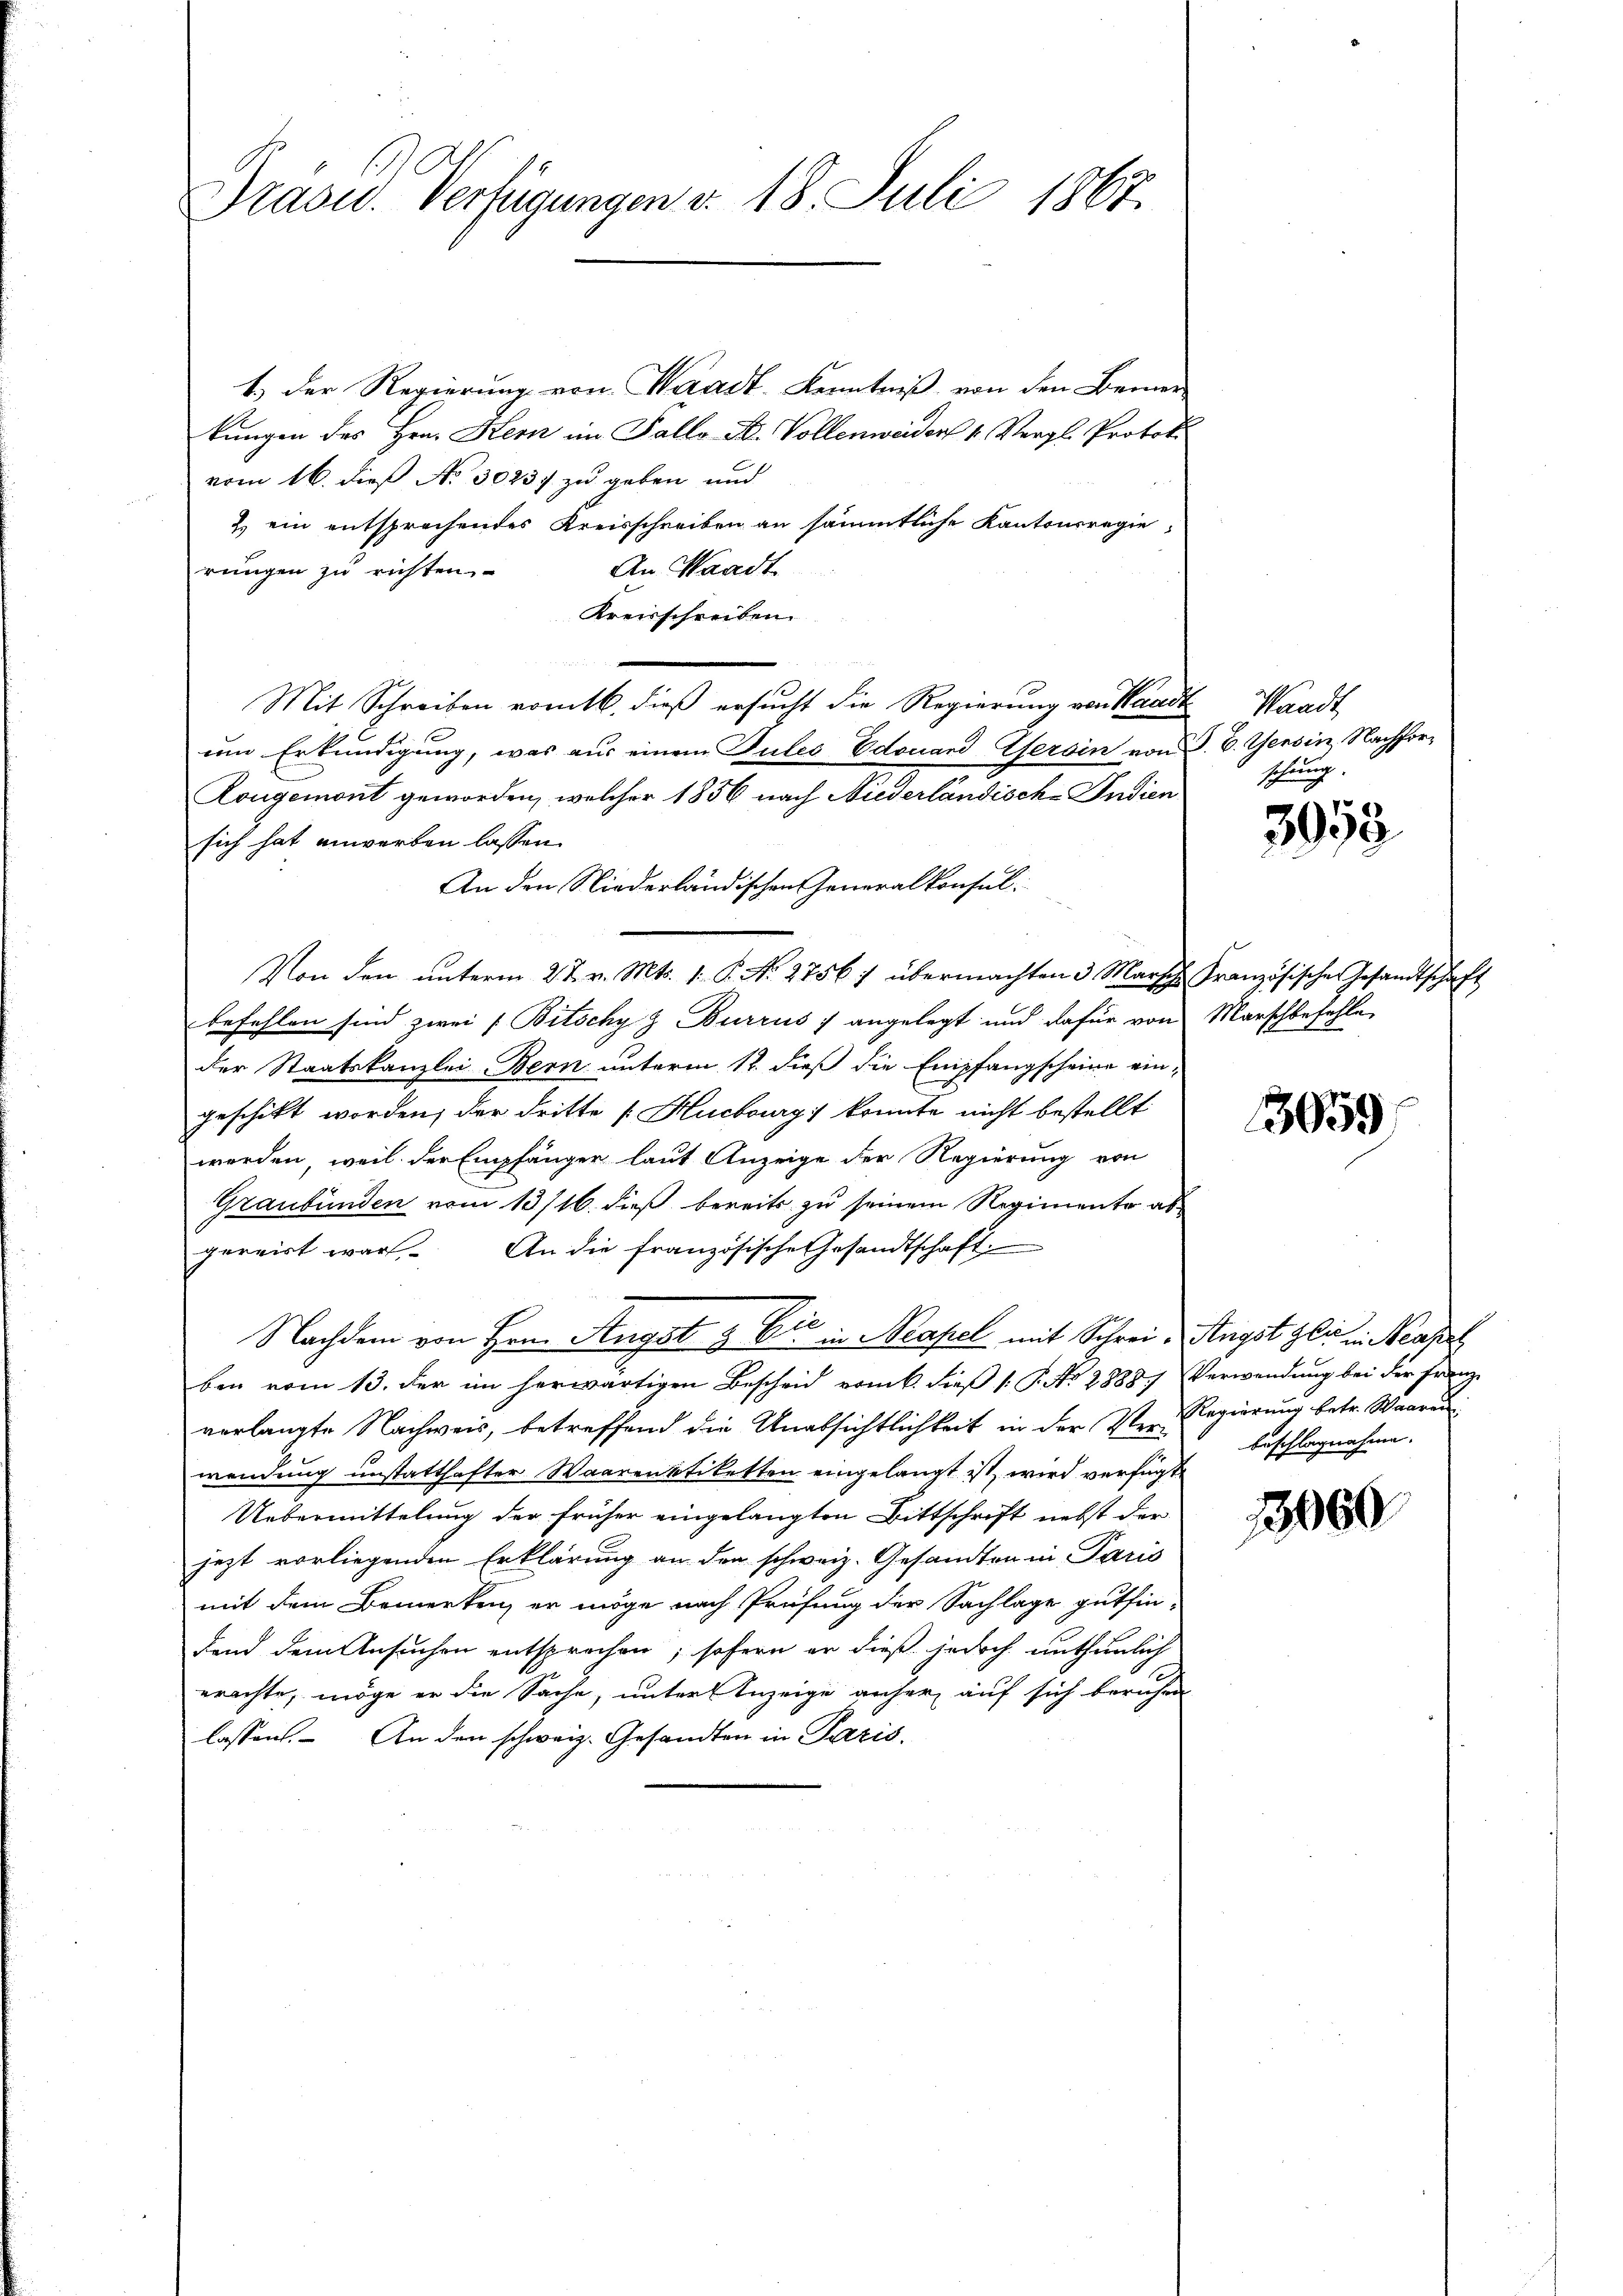
Präses Verfügungen v. 18. Juli 1867.

1.) Der Regierung von Waadt. Kenntniß von den Bemerkungen des Hrn. Kern im Fallo-A. Vollenweiden 1. Vergl. Protoko
vom 16. dieß No. 30237 zu geben und
2. ein entsprechendes Kreisschreiben an sämmtliche Kantonsregierungen zu richten.
An Waadt
Kreisschreiben.
Mit Schreiben vomtb. dieß ersucht die Regierung von Waadt Waadt
um Erkundigung, was aus einem Pules Edouard Gersin von P. V. Gessin, Nachfor¬
Rongemont geworden, welcher 1856 nach Niederländisch-Indien
sich hat anwerben lassen.
Von den ŭnterm 27. v. Mts. 1. P. Nr. 2756 :/ übermachten 3 Marsche Französische Gesandtschaft
befehlen sind zwei (Bitschy z Burrus angelegt und dafür von Marschbefehle
der Staatskanzlei Bern unterm 12. dieß die Empfangscheine eingeschickt worden; der dritte [Hucbourg konnte nicht bestellt
werden, weil der Empfänger laut Anzeige der Regierung von
Graubünden vom 13/16. dieß bereits zu seinem Regimente abpereist war. An die französische Gesandtschaft.
Nachdem von Hrn. Angst & Eić in Neapel mit Schrei- Angst gli in Neapel
ben vom 13. der im herwärtigen Bescheid vom k. dieß (: P. No 2888) Verwendung bei der Franz
verlangte Nachweis, betreffend die Unabsichtlichkeit in der Ver-Regierung betr. Waare
wendung unstatthafter Waarenbtiketten eingelangt ist, wird verfügte
Uebermittelung der früher eingelangten Bittschrift nebst der
jezt vorliegenden Erklärung an den schweiz. Gesandten in Paris
mit dem Bemerken, er möge nach Prüfung der Sachlage gutfin-
den dem Ansuchen entsprochen, sofern er dieß jedoch unthunlich
erachte, möge er die Sache, unter Anzeige anher auf sich beruhen
lassen. An den schweiz. Gesandten in Paris.

An den Niederländischen Generalkonsul

schung.

3958

3059

13000

beschlagnahme.